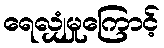
ရေလျှံမှုကြောင့်